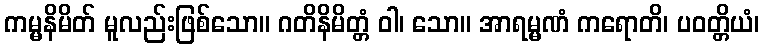
ကမ္မနိမိတ် မူလည်းဖြစ်သော။ ဂတိနိမိတ္တံ ဝါ၊ သော။ အာရမ္မဏံ ကရောတိ၊ ပဝတ္တိယံ၊